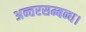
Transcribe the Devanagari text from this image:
अन्तरसम्बन्ध।